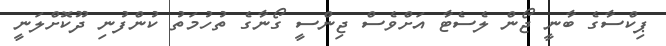
ޕިކްސާގެ ބާނީ ޖޯން ލެސެޓާ އަށްވެސް ޖިންސީ ގޯނާގެ ތުހުމަތު ކުންފުނި ދޫކޮށްލަނީ